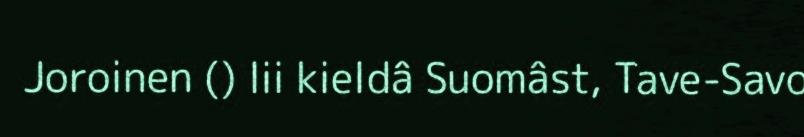
Joroinen () lii kieldâ Suomâst, Tave-Savo